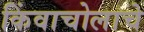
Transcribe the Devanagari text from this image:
किंवाचोलाचे